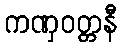
ကဏှဝတ္တနီ